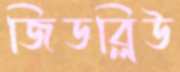
জিডব্লিউ